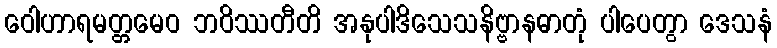
ဝေါဟာရမတ္တမေဝ ဘဝိဿတီတိ အနုပါဒိသေသနိဗ္ဗာနဓာတုံ ပါပေတွာ ဒေသနံ